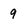
Character: 9